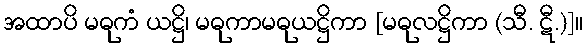
အထာပိ မဓုကံ ယဋ္ဌိ၊ မဓုကာမဓုယဋ္ဌိကာ [မဓုလဋ္ဌိကာ (သီ. ဋီ.)]။